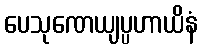
ပေသုဏေယျပ္ပဟာယိနံ